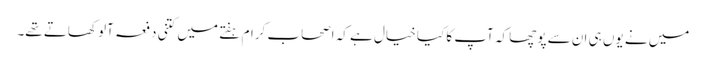
میں نے یوں ہی ان سے پوچھا کہ آپ کا کیا خیال ہے کہ اصحاب کرام ہفتے میں کتنی دفعہ آلو کھاتے تھے۔